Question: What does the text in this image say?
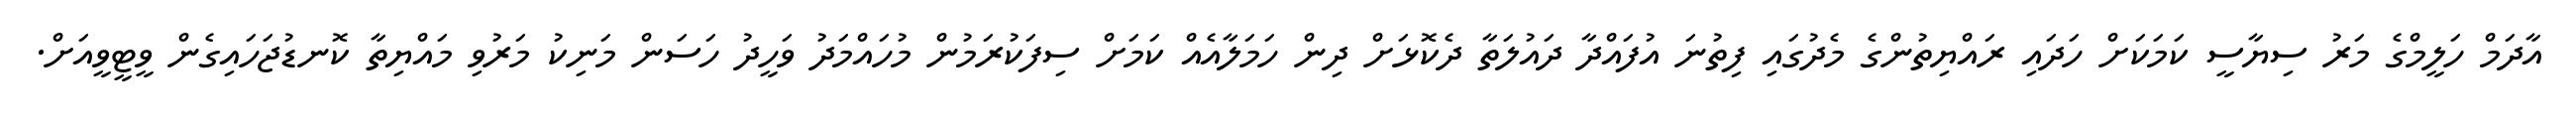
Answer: އާދަމް ހަލީމްގެ މަރު ސިޔާސީ ކަމަކަށް ހަދައި ރައްޔިތުންގެ މެދުގައި ފިތުނަ އުފައްދާ ދައުލަތާ ދެކޮޅަށް ދިން ހަމަލާއެއް ކަމަށް ސިފަކުރަމުން މުހައްމަދު ވަހީދު ހަސަން މަނިކު މަރުވި މައްޔިތާ ކޮނޑުޖަހައިގެން ވީޓީވީއަށް.